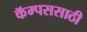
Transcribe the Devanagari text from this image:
कॅम्पससाठी